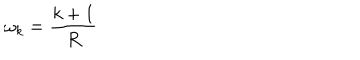
LaTeX: \omega _ { k } = \frac { k + 1 } { R }